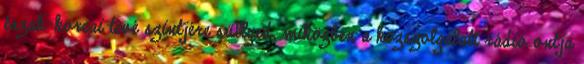
észak-koreai tévé szintjére süllyed, miközben a közszolgálati rádió ontja